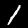
Digit: 1